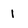
Character: 1